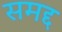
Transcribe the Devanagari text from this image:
समद्द